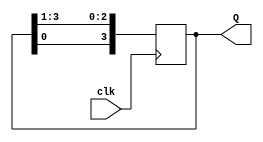
`timescale 1ns / 1ps
//////////////////////////////////////////////////////////////////////////////////
// Company: 
// 
// Design Name: Ring Counter
// Module Name: Ring
// Project Name: Ring Counter
// Target Devices: 
// Tool Versions: Vivado 2021.2
// Description: 
// 
// Dependencies: 
// 
// Revision:
// Revision 0.01 - File Created
// Additional Comments:
// 
//////////////////////////////////////////////////////////////////////////////////


module Ring #(parameter size = 4)(
    Q,
    clk
    );
    
    output [size-1:0]Q;
    input clk;
            
    reg [size-1:0]Q = 4'b1000;
   
    always@(posedge clk)
    begin
        Q <= {Q[0], Q[size-1:1]};
    end
endmodule